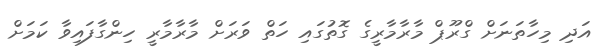
އަދި މިހާތަނަށް ގްރޫޕް މާރާމާރީގެ ގޮތުގައި ހަތް ވަރަށް މާރާމާރީ ހިންގާފައިވާ ކަމަށް